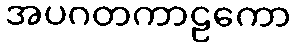
အပဂတကာဠကော